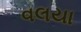
વલયા